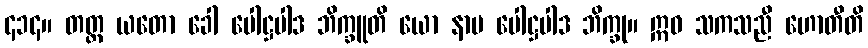
၄၁၄။ တတ္ထ ယတော ခေါ ပေါဋ္ဌပါဒ ဘိက္ခူတိ ယော နာမ ပေါဋ္ဌပါဒ ဘိက္ခု။ ဣဓ သကသညီ ဟောတီတိ